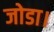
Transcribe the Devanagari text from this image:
जोडा।